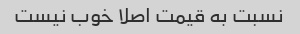
نسبت به قیمت اصلا خوب نیست